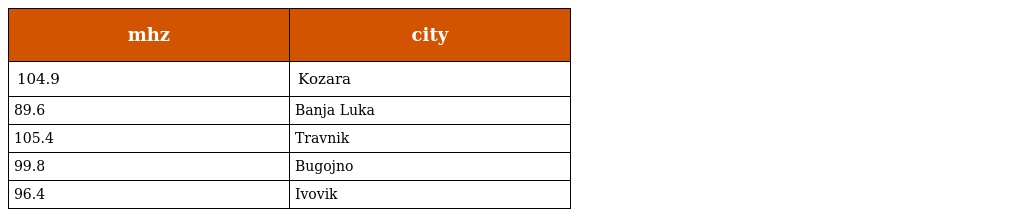
| mhz | city |
 | --- | --- |
 | 104.9 | Kozara |
 | 89.6 | Banja Luka |
 | 105.4 | Travnik |
 | 99.8 | Bugojno |
 | 96.4 | Ivovik |